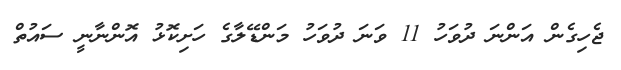
ޖެހިގެން އަންނަ ދުވަހު 11 ވަނަ ދުވަހު މަންޑޭލާގެ ހަށިކޮޅު އޮންނާނީ ސައުތް